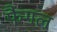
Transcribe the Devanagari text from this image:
फैगल